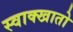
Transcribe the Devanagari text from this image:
स्वाक्खातो